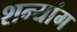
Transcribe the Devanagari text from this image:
शन्यांग